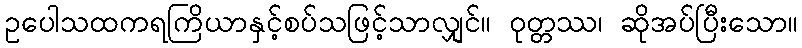
ဥပေါသထကရကြိယာနှင့်စပ်သဖြင့်သာလျှင်။ ဝုတ္တဿ၊ ဆိုအပ်ပြီးသော။